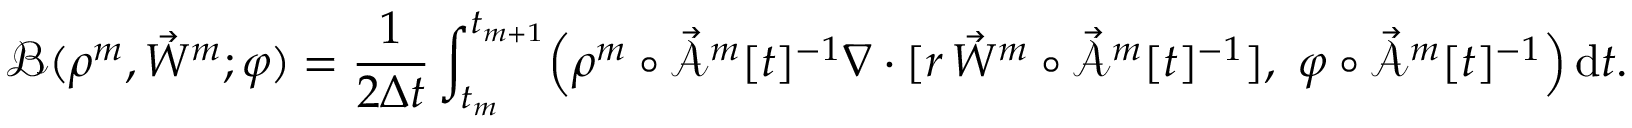
\mathscr { B } ( \rho ^ { m } , \vec { W } ^ { m } ; \varphi ) = \frac { 1 } { 2 \Delta t } \int _ { t _ { m } } ^ { t _ { m + 1 } } \Bigl ( \rho ^ { m } \circ \mathcal { \vec { A } } ^ { m } [ t ] ^ { - 1 } \nabla \cdot [ r \, \vec { W } ^ { m } \circ \mathcal { \vec { A } } ^ { m } [ t ] ^ { - 1 } ] , ~ \varphi \circ \mathcal { \vec { A } } ^ { m } [ t ] ^ { - 1 } \Bigr ) \, \mathrm { d } t .